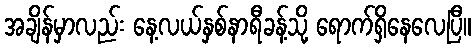
အချိန်မှာလည်း နေ့လယ်နှစ်နာရီခန့်သို့ ရောက်ရှိနေလေပြီ။